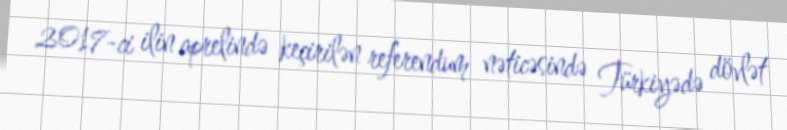
2017-ci ilin aprelində keçirilən referendum nəticəsində Türkiyədə dövlət